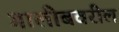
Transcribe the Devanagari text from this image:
गालीबवरील